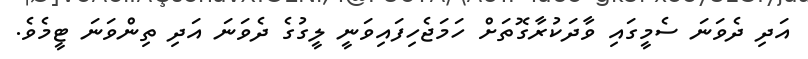
އަދި ދެވަނަ ސެމީގައި ވާދަކުރާގޮތަށް ހަމަޖެހިފައިވަނީ ލީގުގެ ދެވަނަ އަދި ތިންވަނަ ޓީމެވެ.